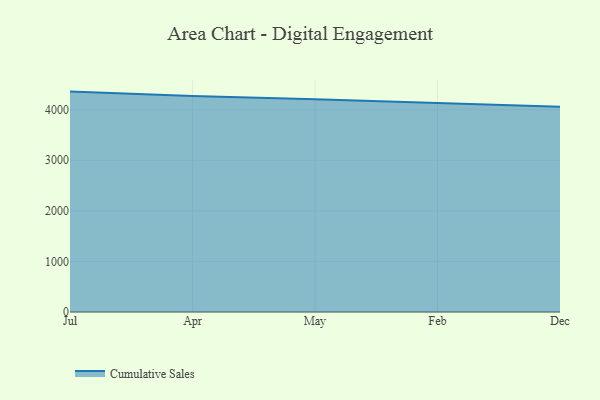
{"axis": {"x": "Month", "y": "Humidity (%)"}, "legend": ["Cumulative Sales"], "data": [{"x": "Jul", "y": 4358.4, "type": "Cumulative Sales"}, {"x": "Apr", "y": 4271.6, "type": "Cumulative Sales"}, {"x": "May", "y": 4208.3, "type": "Cumulative Sales"}, {"x": "Feb", "y": 4128.5, "type": "Cumulative Sales"}, {"x": "Dec", "y": 4059.3, "type": "Cumulative Sales"}]}